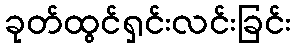
ခုတ်ထွင်ရှင်းလင်းခြင်း